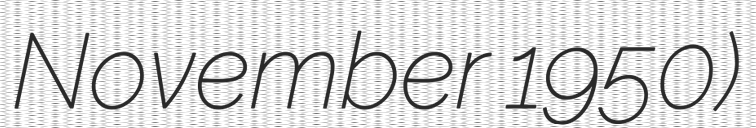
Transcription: November 1950)